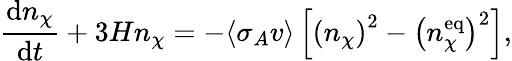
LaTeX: \frac{\mathrm{d}n_{\chi}}{\mathrm{d}t}+3Hn_{\chi}=-\langle\sigma_{A}v\rangle\left[\left(n_{\chi}\right)^{2}-\left(n_{\chi}^{\mathrm{eq}}\right)^{2}\right],